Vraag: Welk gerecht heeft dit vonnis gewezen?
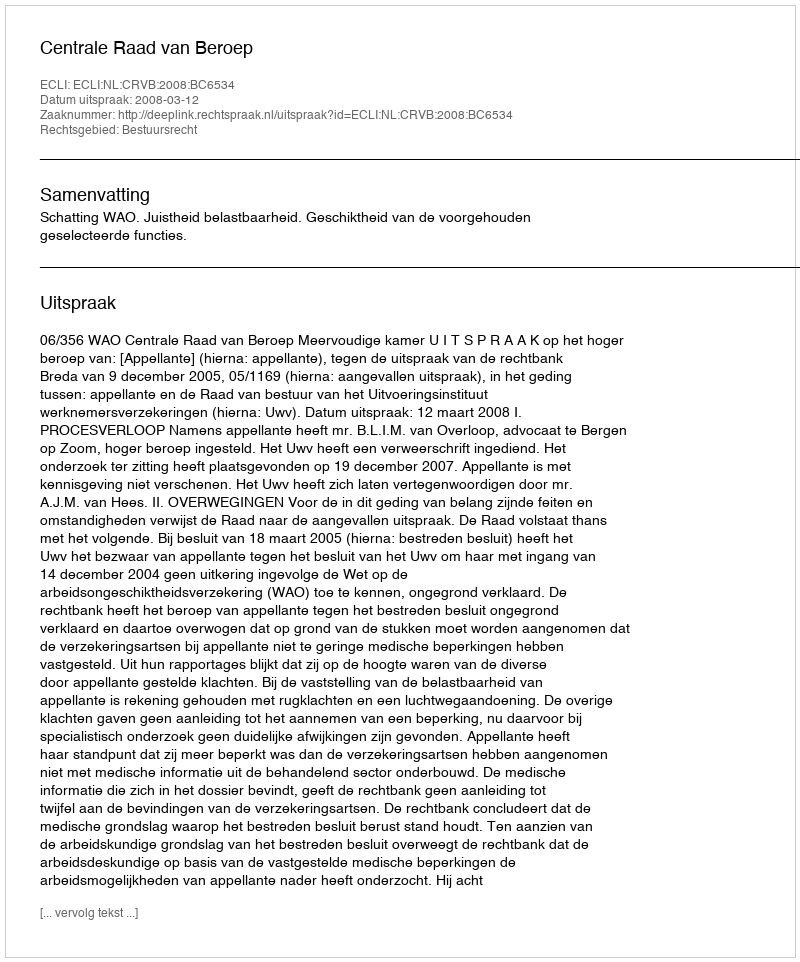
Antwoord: Centrale Raad van Beroep